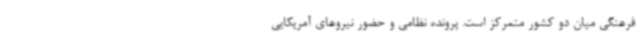
فرهنگی میان دو کشور متمرکز است. پرونده نظامی و حضور نیروهای آمریکایی